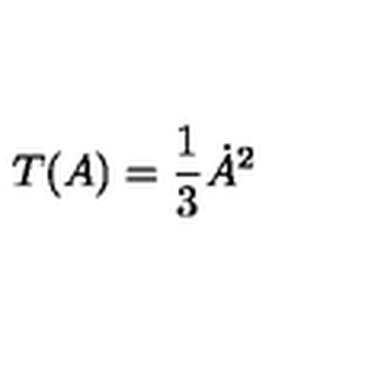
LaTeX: T ( A ) = { \frac { 1 } { 3 } } \dot { A } ^ { 2 }